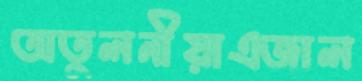
অতুলনীয়াএজাল